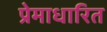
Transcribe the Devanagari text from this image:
प्रेमाधारित